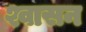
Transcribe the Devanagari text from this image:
श्वासन